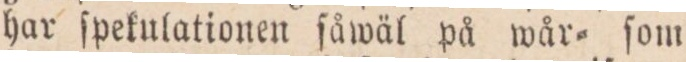
har ſpekulationen ſåwäl på wår= ſom